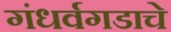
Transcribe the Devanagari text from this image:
गंधर्वगडाचे